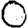
Digit: 0